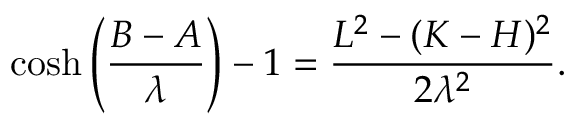
\cosh \left( \frac { B - A } { \lambda } \right) - 1 = \frac { L ^ { 2 } - ( K - H ) ^ { 2 } } { 2 \lambda ^ { 2 } } .